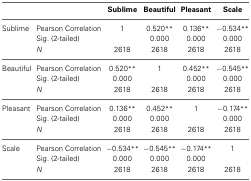
<table><thead><tr><td></td><td></td><td><b>Sublime</b></td><td><b>Beautiful</b></td><td><b>Pleasant</b></td><td><b>Scale</b></td></tr></thead><tbody><tr><td>Sublime</td><td>Pearson Correlation</td><td>1</td><td>0.520<sup>**</sup></td><td>0.136<sup>**</sup></td><td>−0.534<sup>**</sup></td></tr><tr><td></td><td>Sig. (2-tailed)</td><td></td><td>0.000</td><td>0.000</td><td>0.000</td></tr><tr><td></td><td><i>N</i></td><td>2618</td><td>2618</td><td>2618</td><td>2618</td></tr><tr><td>Beautiful</td><td>Pearson Correlation</td><td>0.520<sup>**</sup></td><td>1</td><td>0.452<sup>**</sup></td><td>−0.545<sup>**</sup></td></tr><tr><td></td><td>Sig. (2-tailed)</td><td>0.000</td><td></td><td>0.000</td><td>0.000</td></tr><tr><td></td><td><i>N</i></td><td>2618</td><td>2618</td><td>2618</td><td>2618</td></tr><tr><td>Pleasant</td><td>Pearson Correlation</td><td>0.136<sup>**</sup></td><td>0.452<sup>**</sup></td><td>1</td><td>−0.174<sup>**</sup></td></tr><tr><td></td><td>Sig. (2-tailed)</td><td>0.000</td><td>0.000</td><td></td><td>0.000</td></tr><tr><td></td><td><i>N</i></td><td>2618</td><td>2618</td><td>2618</td><td>2618</td></tr><tr><td>Scale</td><td>Pearson Correlation</td><td>−0.534<sup>**</sup></td><td>−0.545<sup>**</sup></td><td>−0.174<sup>**</sup></td><td>1</td></tr><tr><td></td><td>Sig. (2-tailed)</td><td>0.000</td><td>0.000</td><td>0.000</td><td></td></tr><tr><td></td><td><i>N</i></td><td>2618</td><td>2618</td><td>2618</td><td>2618</td></tr></tbody></table>